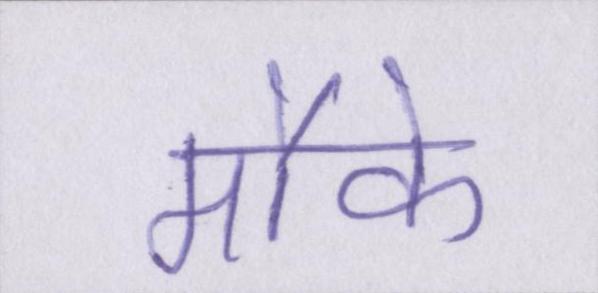
मौके